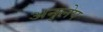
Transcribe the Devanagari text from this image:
अनुलेप